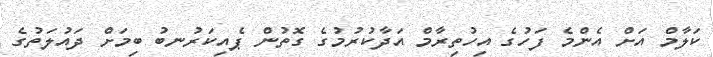
ކަލާމް އަށް އެންމެ ފަހުގެ އިހުތިރާމް އަދާކުރުމުގެ ގޮތުން ޕެއިކަރުނބު ބިމަށް ދައުލަތުގެ